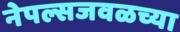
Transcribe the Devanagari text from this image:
नेपल्सजवळच्या